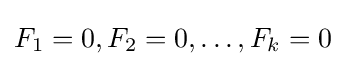
F_{1}=0,F_{2}=0,\ldots ,F_{k}=0